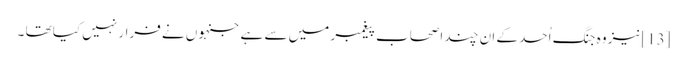
[13]نیز وہ جنگ اُحد کے ان چند اصحاب پیغمبر میں سے ہے جنہوں نے فرار نہیں کیا تھا ۔